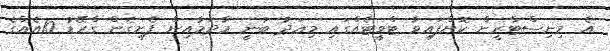
އެ މިނިސްޓްރީން ކޮށްފައިވާ ޓްވީޓެއްގައި މިއަދު ބުނީ މާދަމާއިން ފެށިގެން ގްރޭޑު 10އެއްގެ